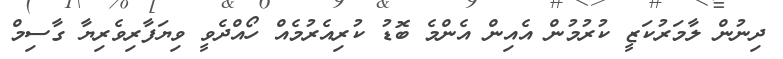
ދިނުން ލާމަރުކަޒީ ކުރުމުން އެއިން އެންމެ ބޮޑު ކުރިއެރުމެއް ހޯއްދެވީ ވިޔަފާރިވެރިޔާ ގާސިމް